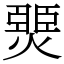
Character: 燛